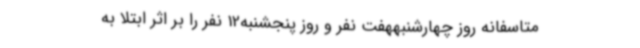
متاسفانه روز چهارشنبههفت نفر و روز پنجشنبه12 نفر را بر اثر ابتلا به